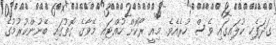
ގަދަފެހި ކުލައިގައި ވެސް ހުރެއެވެ. މިއީ ރޯކޮށް ހުއްޓައި މޭވާގެ ގޮތުގައި ބޭނުންކުރުމުގެ